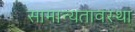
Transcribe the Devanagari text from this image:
सामान्यतावस्था